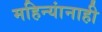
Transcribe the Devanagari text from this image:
महिन्यांनाही